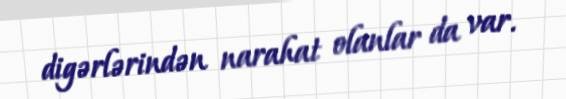
digərlərindən narahat olanlar da var.